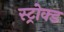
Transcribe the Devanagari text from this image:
स्ट्रोक्ड